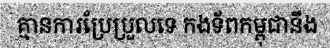
គ្មានការប្រែប្រួលទេ កងទ័ពកម្ពុជានឹង